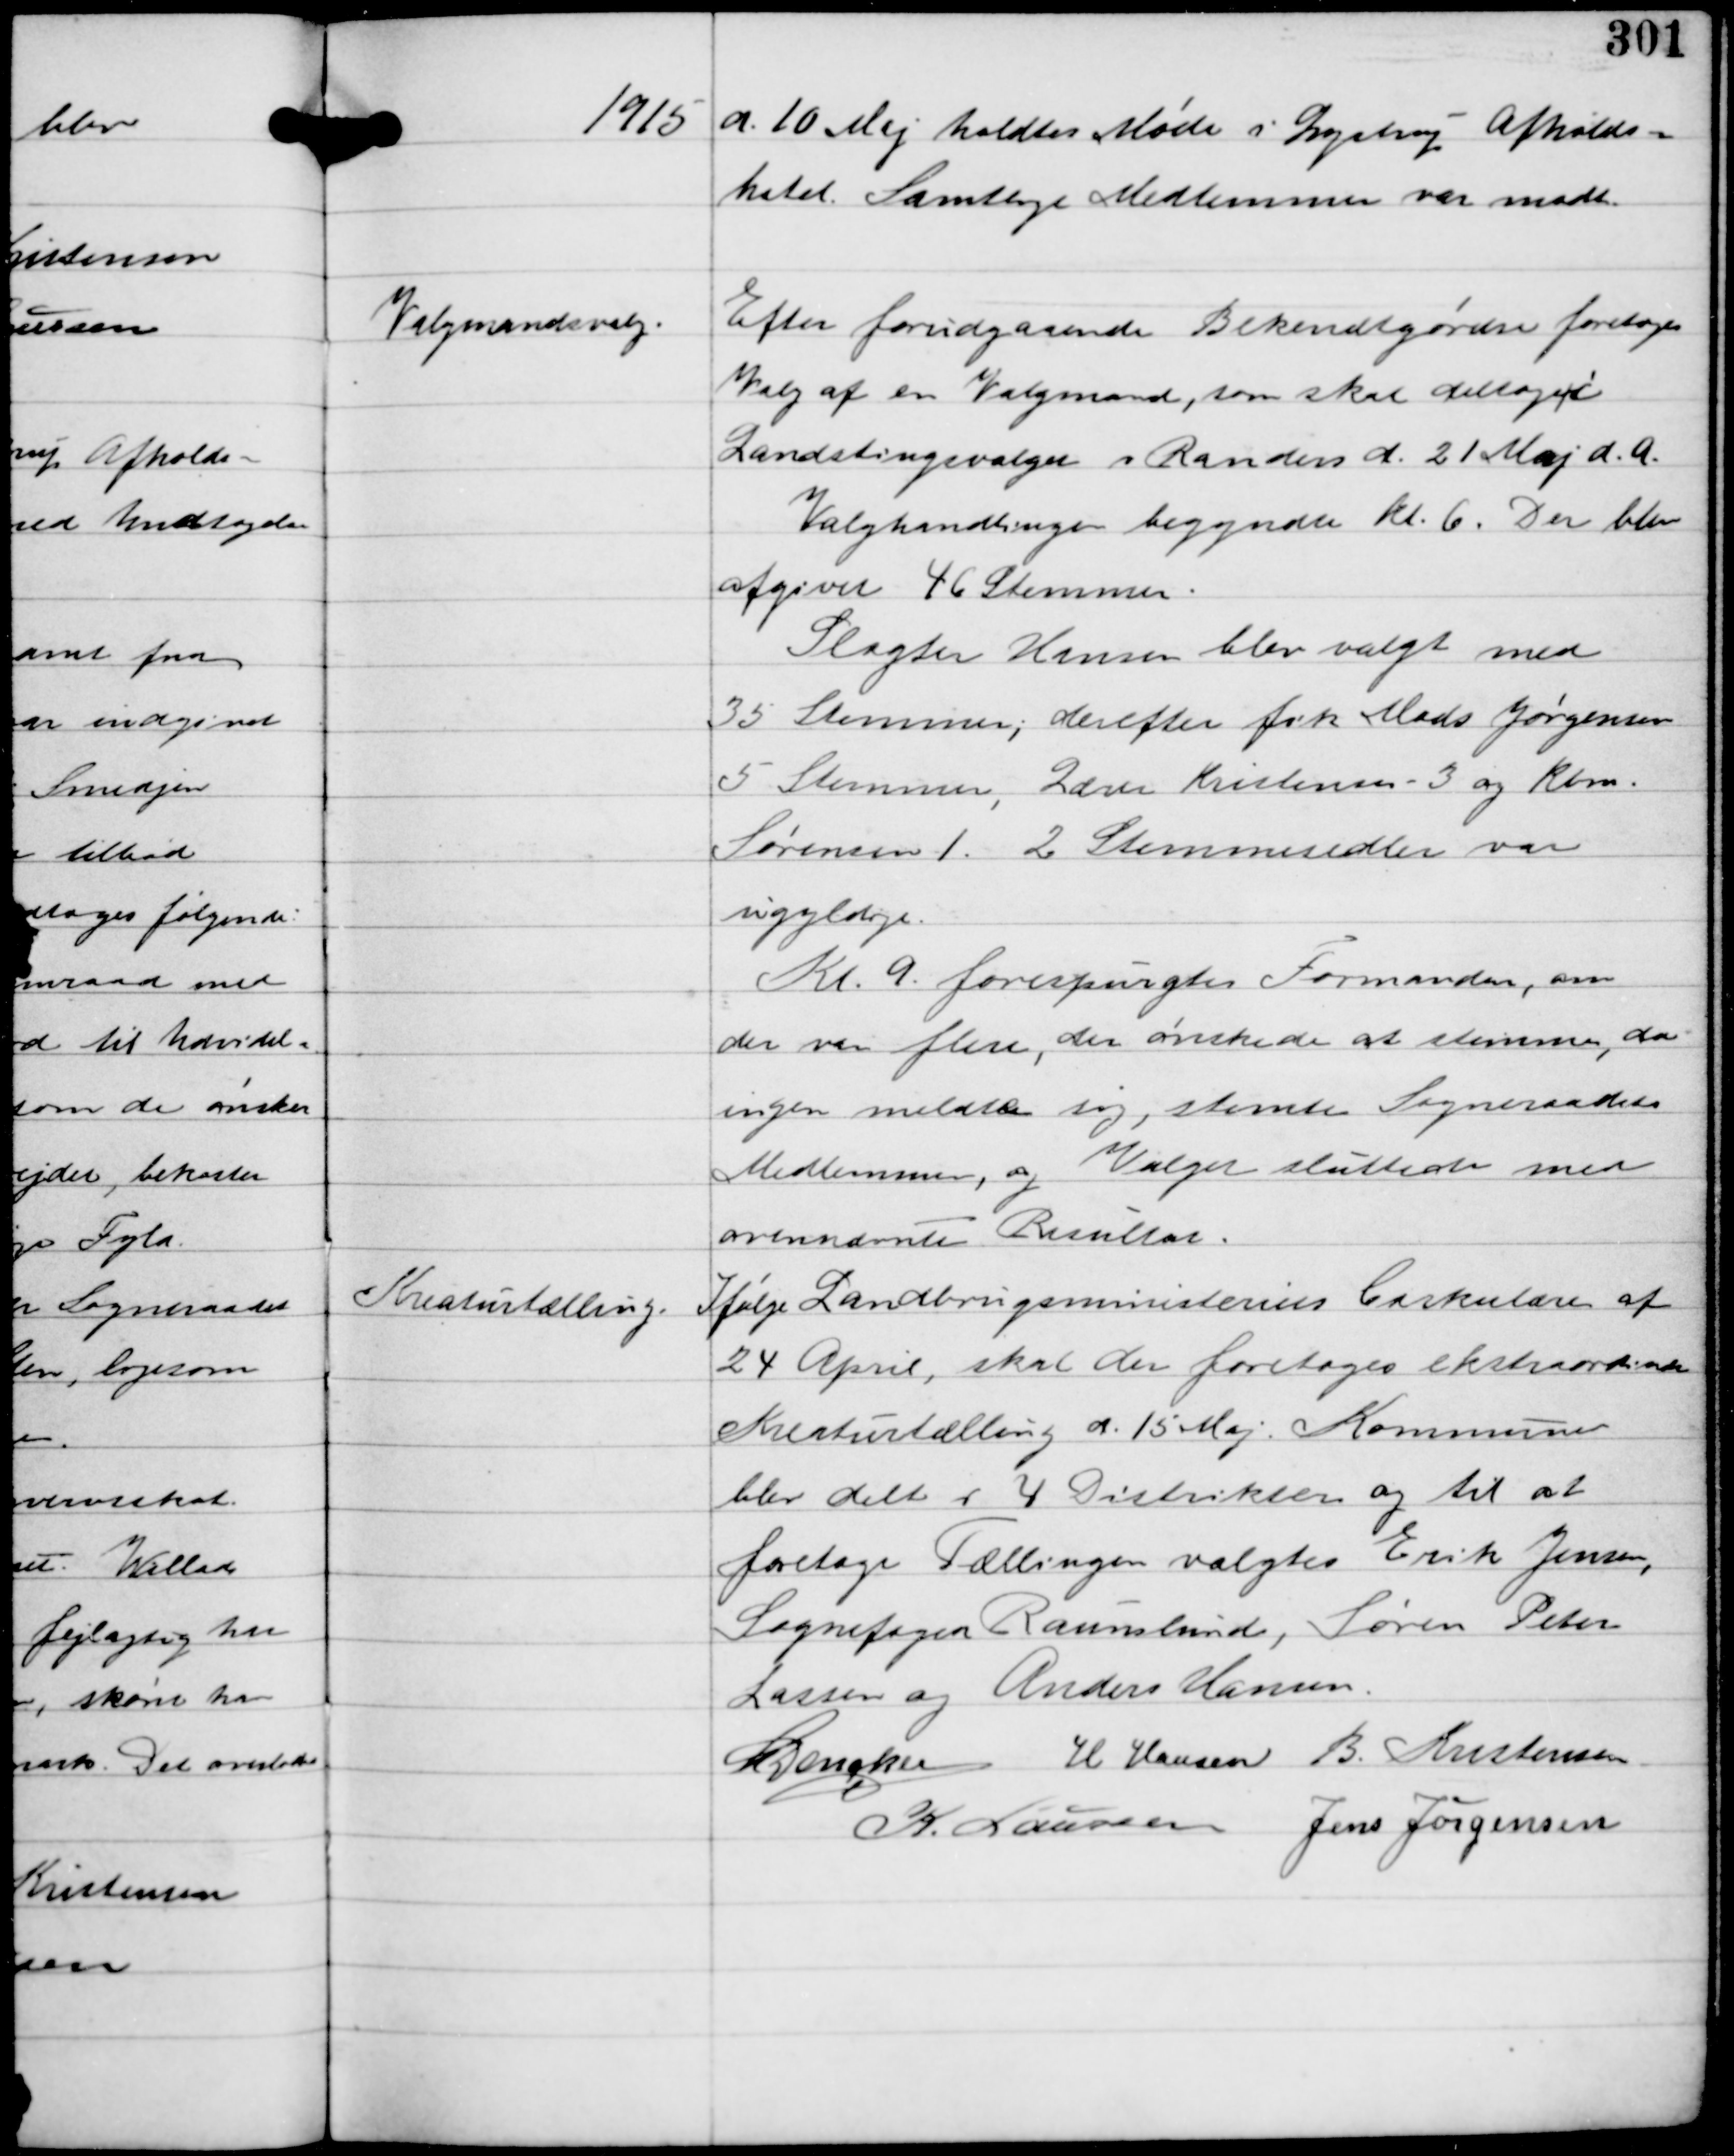
Transskription:
1915 d. 10 Maj holdtes Møde i Lystrup Afholds-
hotel. Samtlige Medlemmer var modt.

Valgmandsvalg.

Efter forbigaaende Bekendtgørelse foretoges
Valg af en Valgmand, som skal deltage i
Landstingsvalget i Randers d. 21 Maj d.A.
Valghandlingen begyndte Kl 6. Der blev
afgivet 46 Stemmer.
Slagter Hansen blev valgt med
35 Stemmer; derefter fik Mads Jørgensen
5 Stemmer, Lærer Kristensen 3 og Kbm.
Sørensen 1. 2 Stemmesedler var
ugyldige
Kl 9 forespurgtes Formanden, om
der var flere, der ønskede at stemme, da
ingen meldte sig, stemte Sogneraadets
Medlemmer, og Valget sluttede med
ovennævnte Resultat.

Kreaturtælling.

Ifølge Landbrugsministeriets Cirkulære af
24 April, skal der foretages ekstraordinær
Kreaturtælling d. 15 Maj. Kommunen
blev delt i 4 Distrikter og til at
foretage Tællingen valgtes Erik Jensen,
Sognefoged Raunslund, Søren Peter
Lassen og Anders Hansen.
C Dencker H Hansen B. Kristensen
K. Laursen Jens Jørgensen